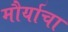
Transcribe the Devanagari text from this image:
मौर्याचा